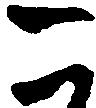
こ